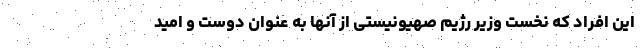
این افراد که نخست وزیر رژیم صهیونیستی از آنها به عنوان دوست و امید